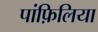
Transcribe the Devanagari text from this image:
पांफ़िलिया